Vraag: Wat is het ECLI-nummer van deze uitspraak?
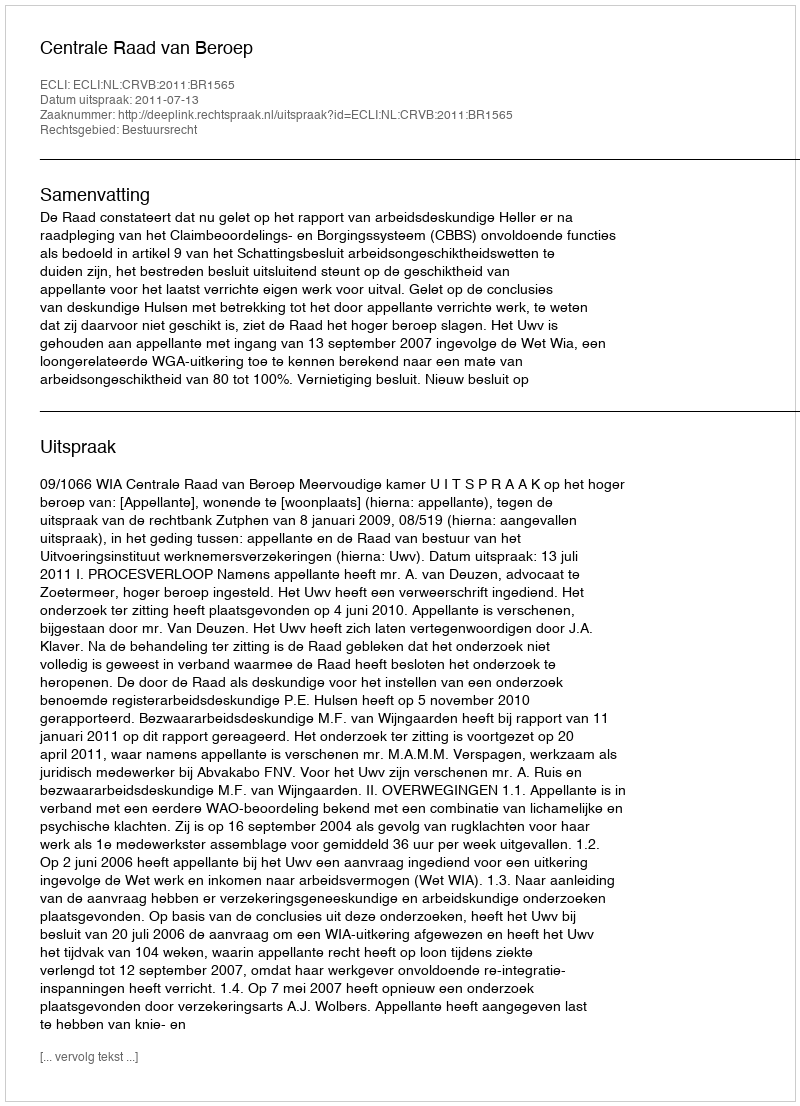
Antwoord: ECLI:NL:CRVB:2011:BR1565